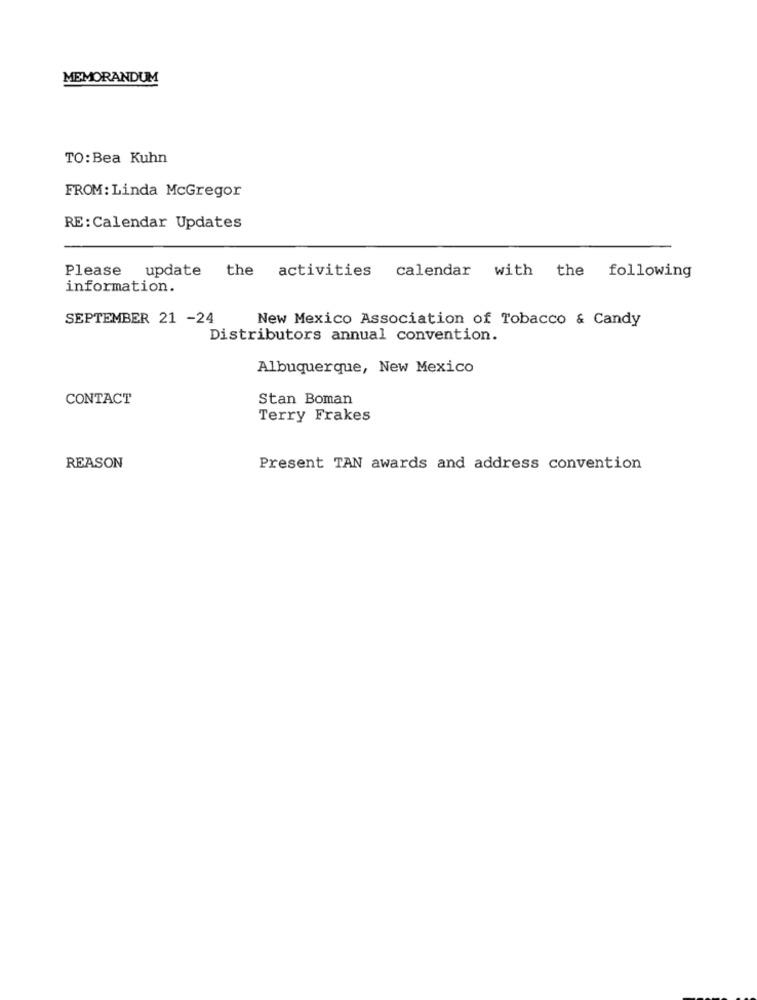
MEMORANDUM
TO: Bea Kuhn
FROM: Linda McGregor
RE : Calendar Updates
Please update
the activities calendar with the following
information.
SEPTEMBER 21 -24
New Mexico Association of Tobacco & Candy
Distributors annual convention.
Albuquerque, New Mexico
CONTACT
Stan Boman
Terry Frakes
REASON
Present TAN awards and address convention